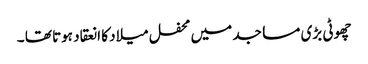
چھوٹی بڑی مساجد میں محفل میلاد کا انعقاد ہوتا تھا ۔